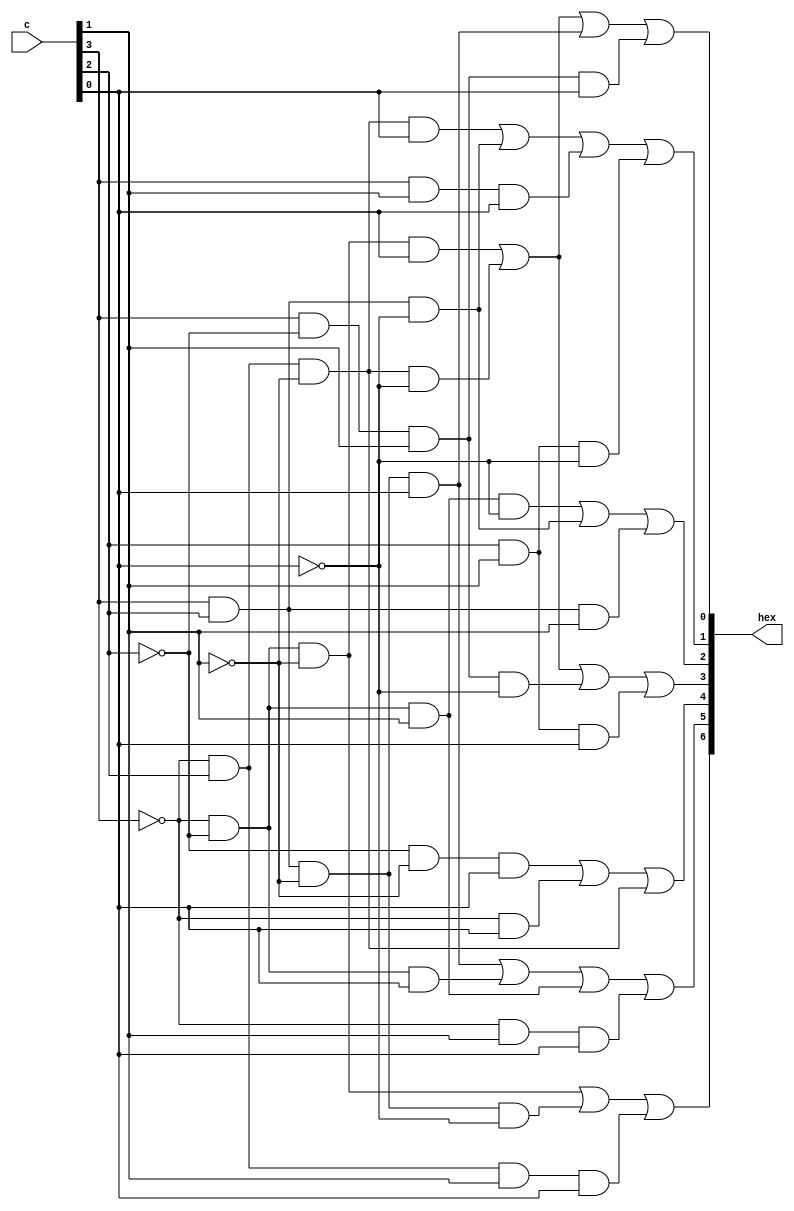
// hex display
module hex_display(c, hex);
	input [3:0] c;
	output [6:0] hex;

	assign hex[0] = ((~c[3] & ~c[2] & ~c[1] & c[0]) | (~c[3] & c[2] & ~c[1] & ~c[0]) | (c[3] & c[2] & ~c[1] & c[0]) | (c[3] & ~c[2] & c[1] & c[0]));

	assign hex[1] = ((~c[3] & c[2] & ~c[1] & c[0]) | (c[3] & c[2] & ~c[0]) | (c[3] & c[1] & c[0]) | (c[2] & c[1] & ~c[0]));

	assign hex[2] = ((~c[3] & ~c[2] & c[1] & ~c[0]) | (c[3] & c[2] & ~c[0]) | (c[3] & c[2] & c[1]));

	assign hex[3] = ((~c[3] & ~c[2] & ~c[1] & c[0]) | (~c[3] & c[2] & ~c[1] & ~c[0]) | (c[3] & ~c[2] & c[1] & ~c[0]) | (c[2] & c[1] & c[0]));

	assign hex[4] = ((~c[2] & ~c[1] & c[0]) | (~c[3] & c[0]) | (~c[3] & c[2] & ~c[1]));

	assign hex[5] = ((c[3] & c[2] & ~c[1] & c[0]) | (~c[3] & ~c[2] & c[0]) | (~c[3] & ~c[2] & c[1]) | (~c[3] & c[1] & c[0]));

	assign hex[6] = ((~c[3] & ~c[2] & ~c[1]) | (c[3] & c[2] & ~c[1] & ~c[0]) | (~c[3] & c[2] & c[1] & c[0]));
endmodule